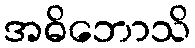
အဓိဘောသိ